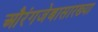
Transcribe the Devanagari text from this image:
औरंगजेबासारख्या